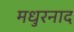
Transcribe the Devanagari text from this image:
मधुरनाद